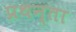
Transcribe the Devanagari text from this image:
प्रथन्ता